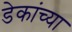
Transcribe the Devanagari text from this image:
डेकांच्या